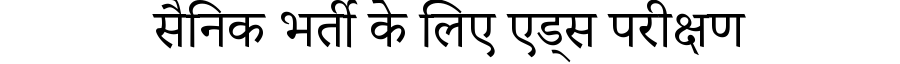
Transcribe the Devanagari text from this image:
सैनिक भर्ती के लिए एड्स परीक्षण